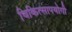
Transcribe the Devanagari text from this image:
चिकित्सापयोगी